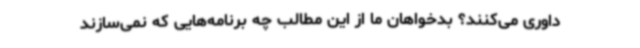
داوری می‌کنند؟ بدخواهان ما از این مطالب چه برنامه‌هایی که نمی‌سازند